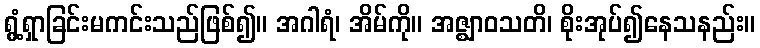
ရွံ့ရှာခြင်းမကင်းသည်ဖြစ်၍။ အဂါရံ၊ အိမ်ကို။ အဇ္ဈာဝသတိ၊ စိုးအုပ်၍နေသနည်း။